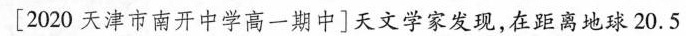
[2020天津市南开中学高一期中]天文学家发现，在距离地球20.5